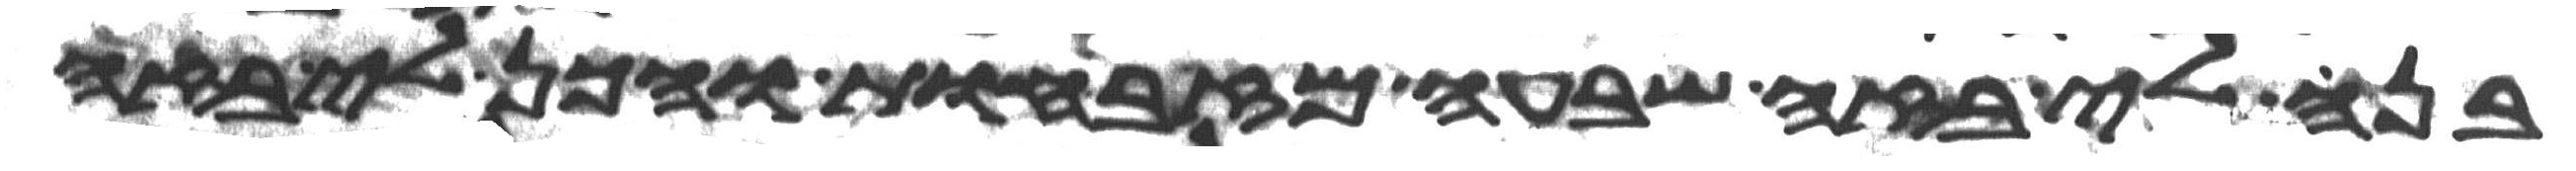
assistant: בנה לי בזה שבעה מזבחות והכן לי בזה